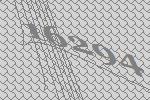
16294